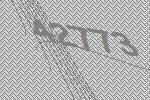
42773